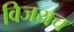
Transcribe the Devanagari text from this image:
विजयच